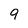
Character: 9